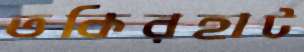
তকিরহাট